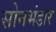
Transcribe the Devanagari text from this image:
सोनभंडार